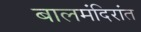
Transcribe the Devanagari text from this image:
बालमंदिरांत